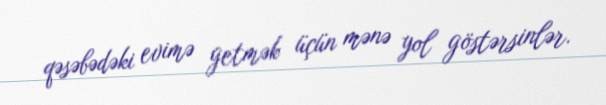
qəsəbədəki evimə getmək üçün mənə yol göstərsinlər.